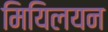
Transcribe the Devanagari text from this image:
मियिलयन